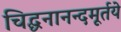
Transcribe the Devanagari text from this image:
चिद्घनानन्दमूर्तये